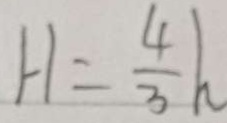
H = \frac { 4 } { 3 } h